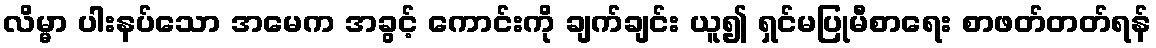
လိမ္မာ ပါးနပ်သော အမေက အခွင့် ကောင်းကို ချက်ချင်း ယူ၍ ရှင်မပြုမီစာရေး စာဖတ်တတ်ရန်